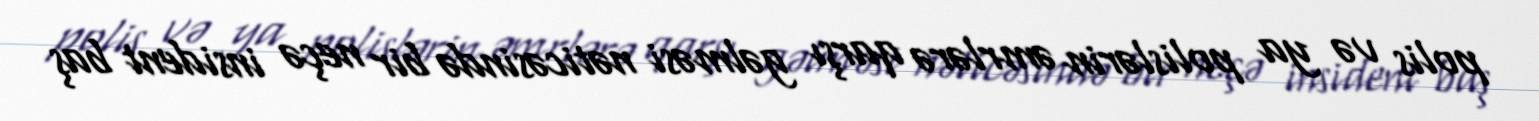
polis və ya polislərin əmrlərə qarşı gəlməsi nəticəsində bir neçə insident baş